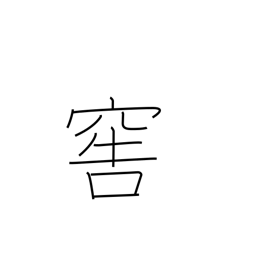
Meaning: cellar